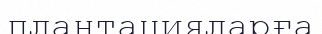
плантацияларға